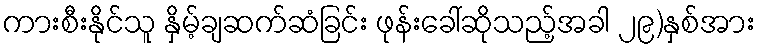
ကားစီးနိုင်သူ နှိမ့်ချဆက်ဆံခြင်း ဖုန်းခေါ်ဆိုသည့်အခါ ၂၉)နှစ်အား